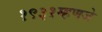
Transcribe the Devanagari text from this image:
१९३१म्हणजे